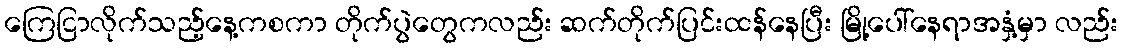
ကြေငြာလိုက်သည့်နေ့ကစကာ တိုက်ပွဲတွေကလည်း ဆက်တိုက်ပြင်းထန်နေပြီး မြို့ပေါ်နေရာအနှံ့မှာ လည်း